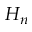
H _ { n }